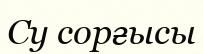
Су сорғысы